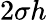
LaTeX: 2\sigma h